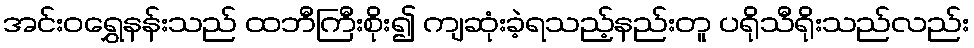
အင်းဝရွှေနန်းသည် ထဘီကြီးစိုး၍ ကျဆုံးခဲ့ရသည့်နည်းတူ ပရိုသီရိုးသည်လည်း